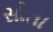
સોતા